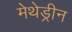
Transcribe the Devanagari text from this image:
मेथेड्रीन